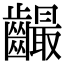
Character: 𪙦